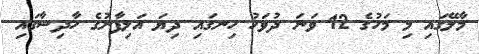
މާލޭގައި މި މަހުގެ 12 ވަނަ ދުވަހު ހިނގައި ދިޔަ އަލިފާނުގެ ހާދިސާގައި